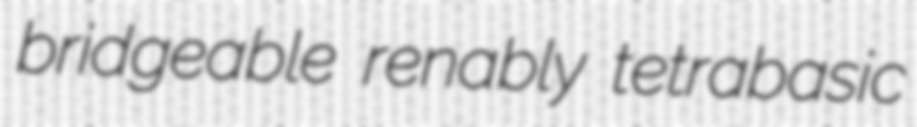
bridgeable renably tetrabasic